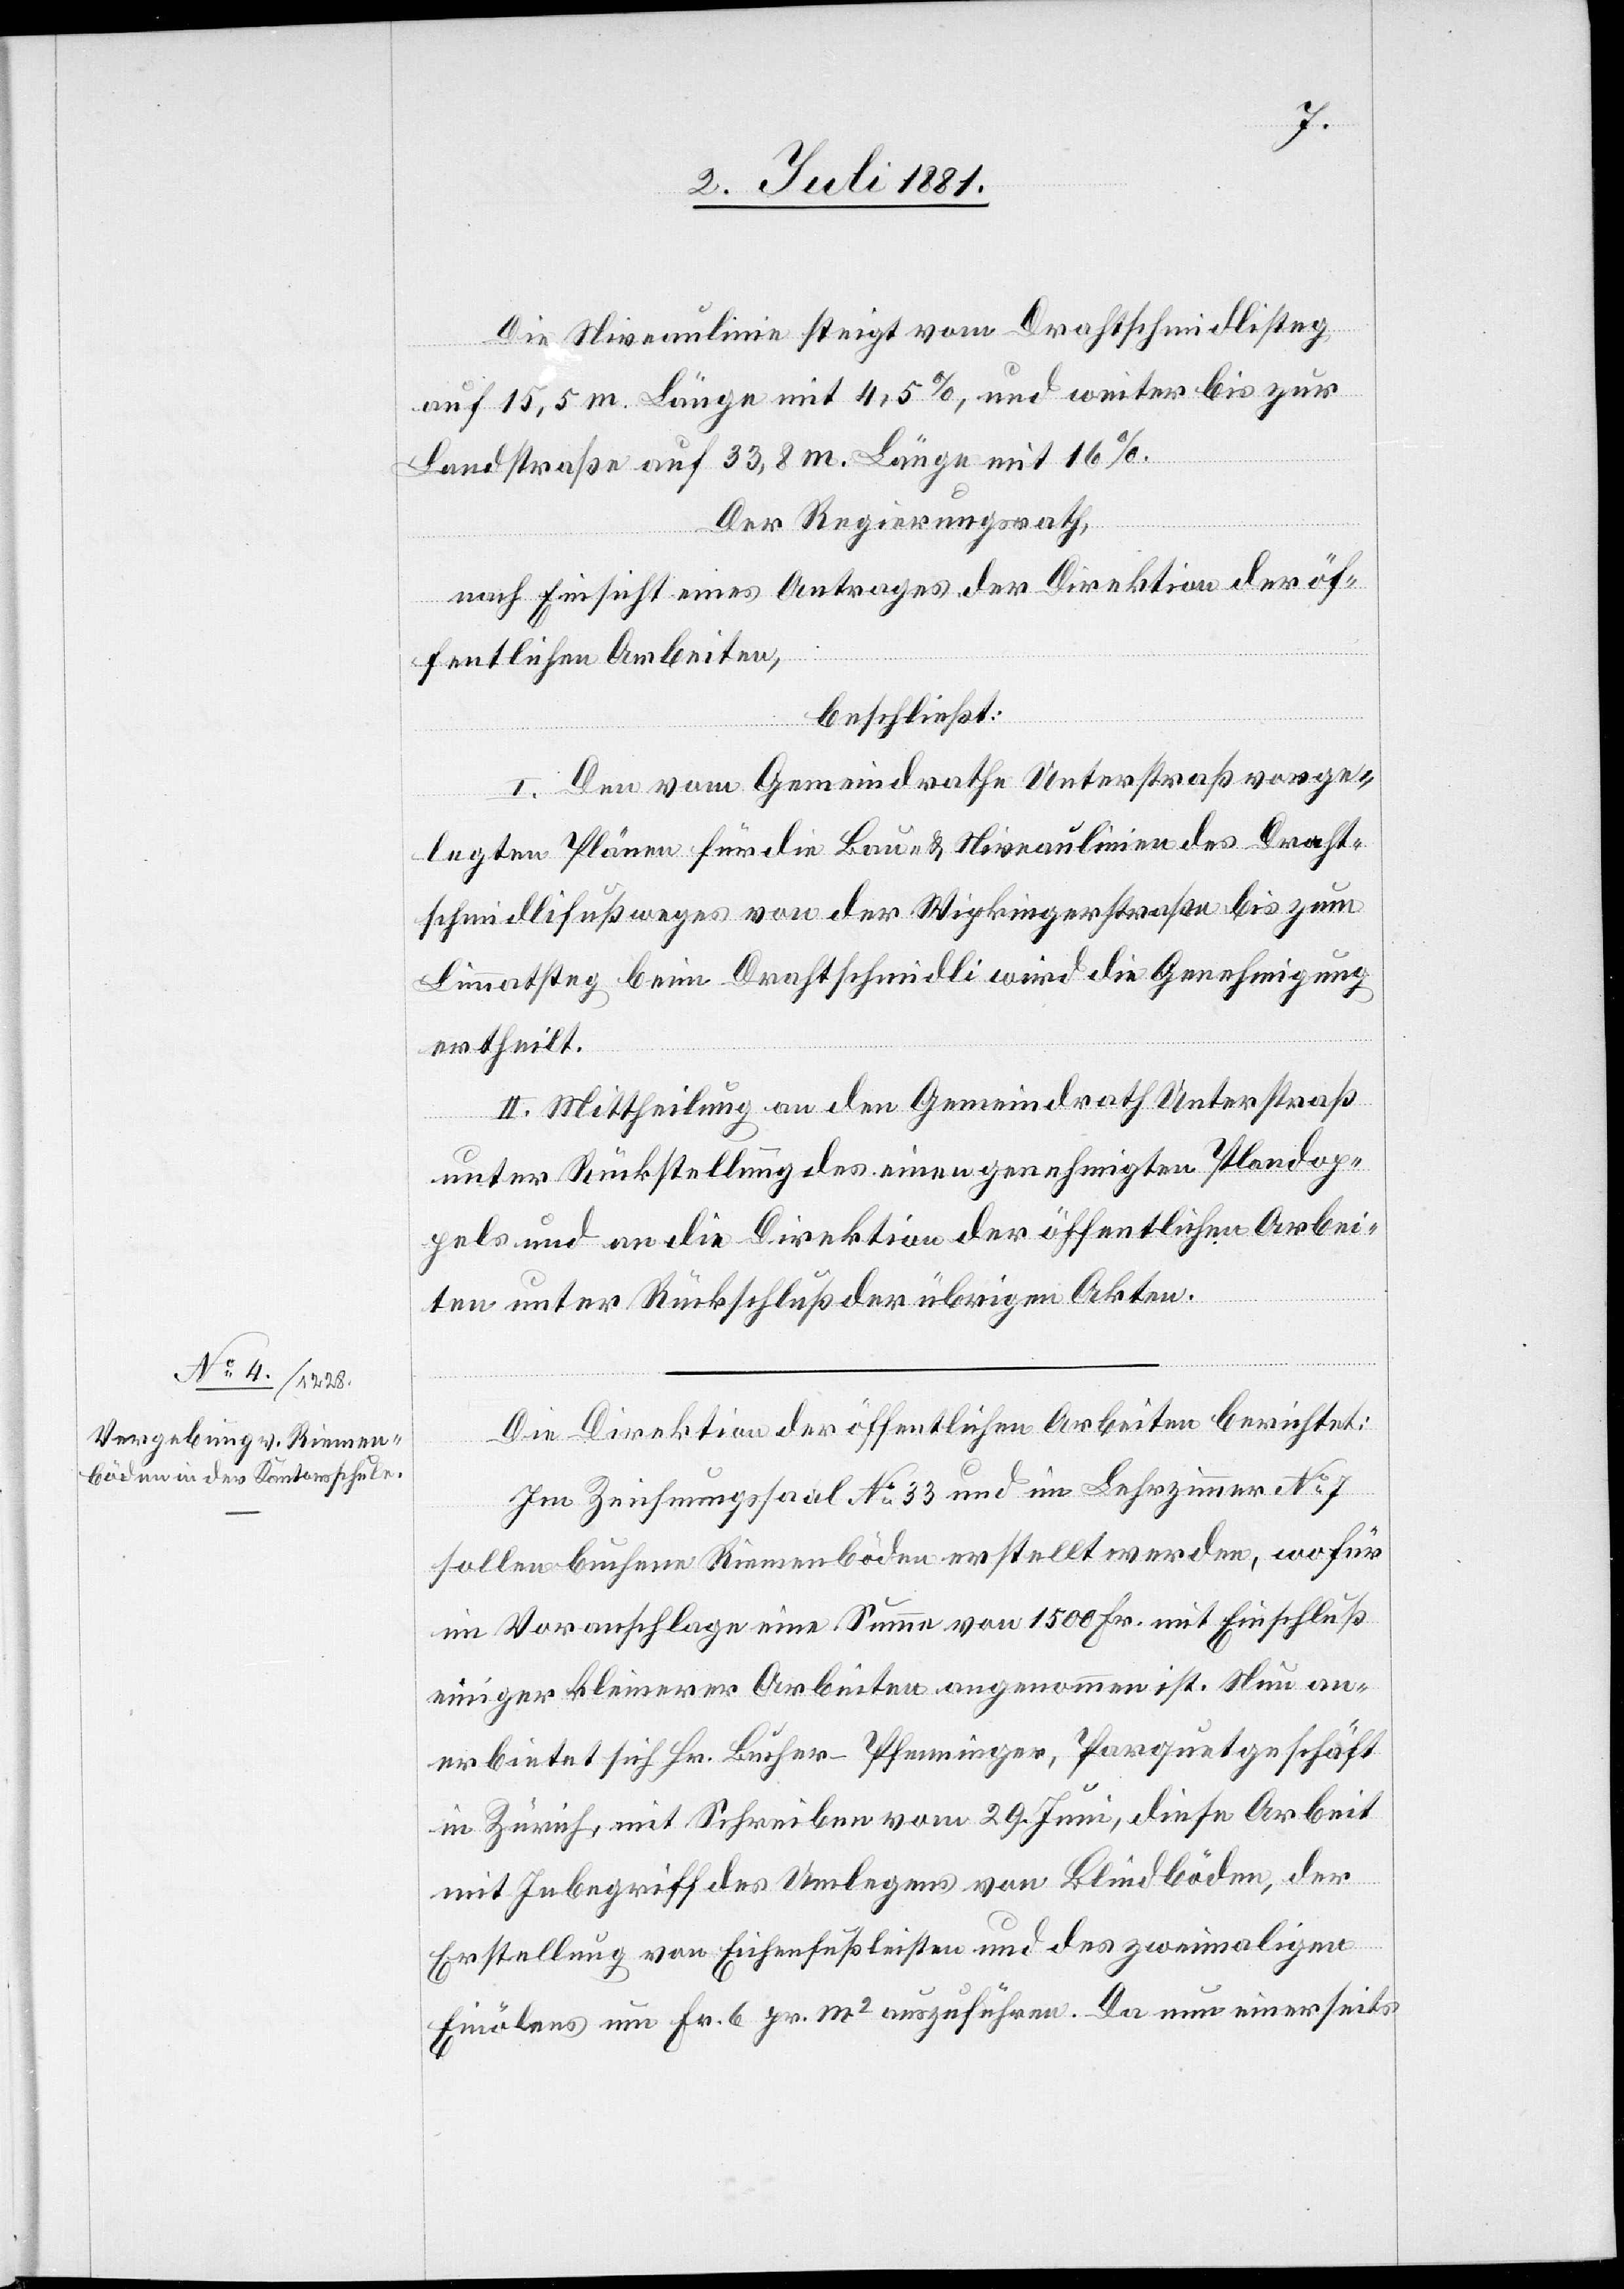
Die Niveaulinie steigt vom Drahtschmidlisteg
auf 15,5 m. Länge mit 4,5% und weiter bis zur
Landstraße auf 33,8 m. Länge mit 16%.
Der Regierungsrath,
nach Einsicht eines Antrages der Direktion der öf¬
fentlichen Arbeiten,
beschließt:
I. Den vom Gemeindrathe Unterstraß vorge¬
legten Pläne für die Bau- & Niveaulinien des Draht¬
schmidlifußweges von der Wipkingerstraße bis zum
Limmatsteg beim Drahtschmidli wird die Genehmigung
ertheilt.
II. Mittheilung an den Gemeindrath Unterstraß
unter Rückstellung des einen genehmigten Plandop¬
pels und an die Direktion der öffentlichen Arbei¬
ten unter Rückschluß der übrigen Akten.
Die Direktion der öffentlichen Arbeiten berichtet:
Im Zeichnungssaal No 33 und im Lehrzimmer No 7
sollen buchene Riemenböden erstellt werden, wofür
im Voranschlage eine Summe von 1500 Fr. mit Einschluß
einiger kleinerer Arbeiten angenommen ist. Nun an¬
erbietet sich Hr. Bucher-Pfenninger, Parquetgeschäft
in Zürich, mit Schreiben vom 29. Juni, diese Arbeit
mit Inbegriff des Umlegens von Blindböden, der
Erstellung von Eichenfußleisten und des zweimaligen
Einölens um Fr. 6 pr. m2 auszuführen. Da nun einerseits